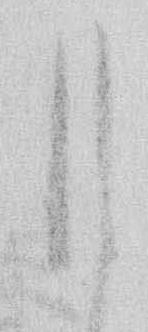
月